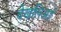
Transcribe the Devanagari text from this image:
देखलिअई